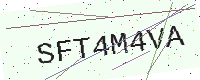
Text: SFT4M4VA